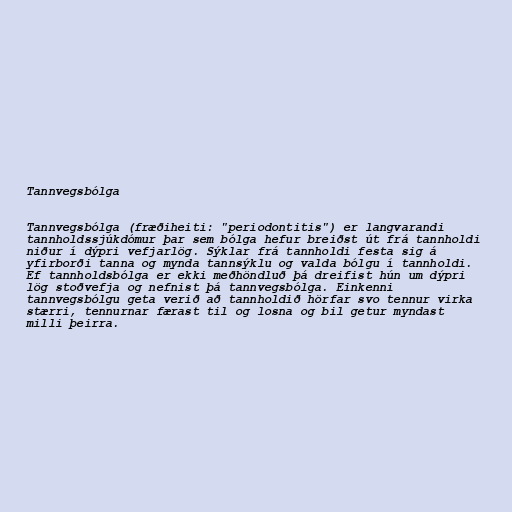
Tannvegsbólga

Tannvegsbólga (fræðiheiti: "periodontitis") er langvarandi
tannholdssjúkdómur þar sem bólga hefur breiðst út frá tannholdi
niður í dýpri vefjarlög. Sýklar frá tannholdi festa sig á
yfirborði tanna og mynda tannsýklu og valda bólgu í tannholdi.
Ef tannholdsbólga er ekki meðhöndluð þá dreifist hún um dýpri
lög stoðvefja og nefnist þá tannvegsbólga. Einkenni
tannvegsbólgu geta verið að tannholdið hörfar svo tennur virka
stærri, tennurnar færast til og losna og bil getur myndast
milli þeirra.